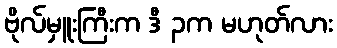
ဗိုလ်မှူးကြီးက ဒီ ၃က မဟုတ်လား